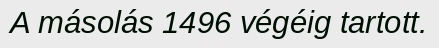
A másolás 1496 végéig tartott.